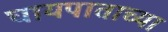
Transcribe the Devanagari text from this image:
घायपाताच्या